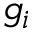
g _ { i }